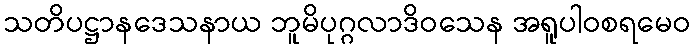
သတိပဋ္ဌာနဒေသနာယ ဘူမိပုဂ္ဂလာဒိဝသေန အရူပါဝစရမေဝ